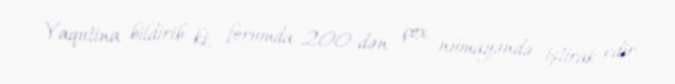
Yaqutina bildirib ki, forumda 200-dən çox nümayəndə iştirak edir.